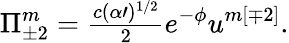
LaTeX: \Pi_{\pm 2}^{m}={\textstyle\frac{c(\alpha\prime)^{1/2}}{2}}e^{-\phi}u^{m[\mp 2]}.